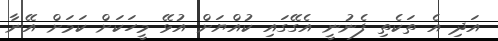
އަދި އެ ތަކެތި ފެނުނީ އެގޭގައި ކުއްޔަށް އުޅޭ މީހަކަށް ކަމަށް އޭނާ